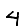
Digit: 4